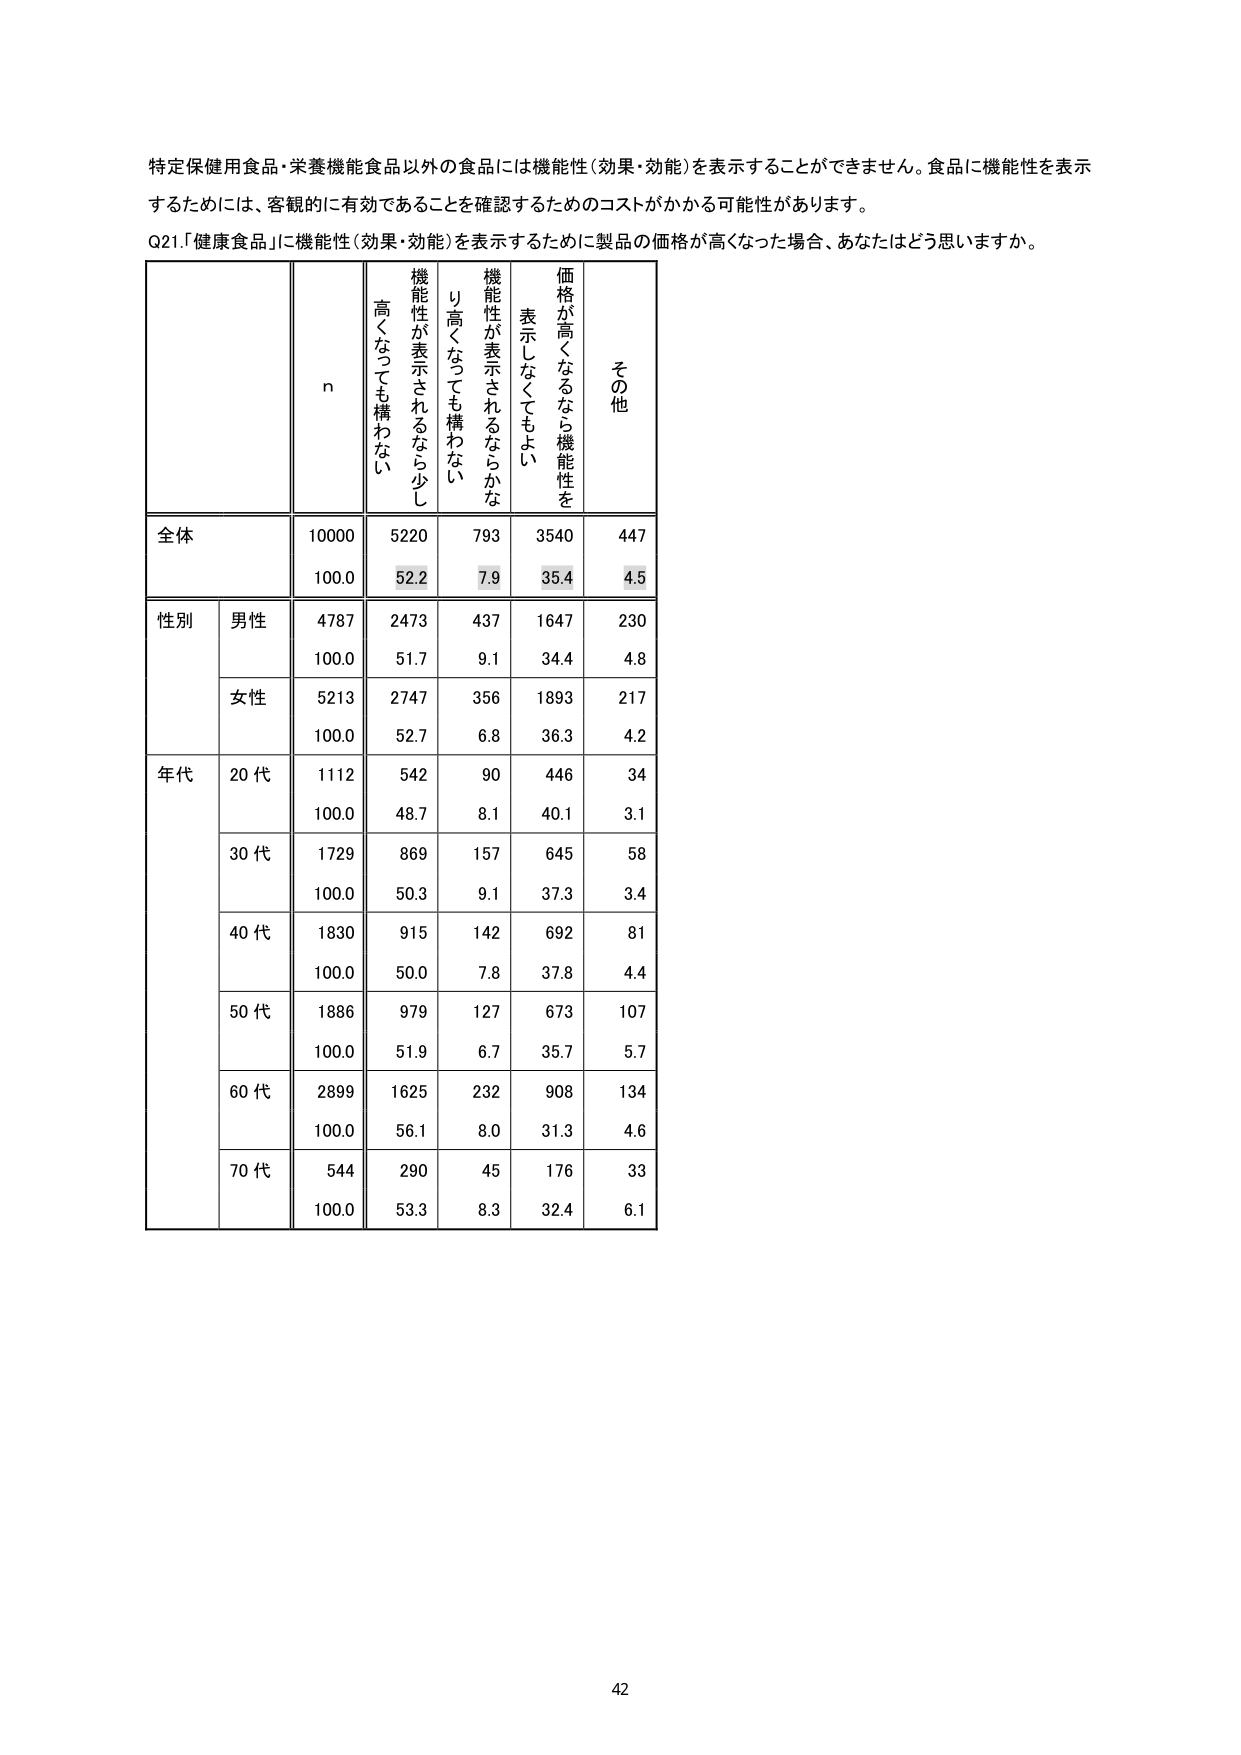
特定保健用食品・栄養機能食品以外の食品には機能性（効果・効能）を表示することができません。食品に機能性を表示するためには、客観的に有効であることを確認するためのコストがかかる可能性があります。

Q21.「健康食品」に機能性（効果・効能）を表示するために製品の価格が高くなった場合、あなたはどう思いますか。

n
機能性が表示されるなら少し高くなっても構わない
機能性が表示されるならかなり高くなっても構わない
価格が高くなるなら機能性を表示しなくてもよい
その他

全体
10000
5220
793
3540
447
100.0
52.2
7.9
35.4
4.5

性別
男性
4787
2473
437
1647
230
100.0
51.7
9.1
34.4
4.8
女性
5213
2747
356
1893
217
100.0
52.7
6.8
36.3
4.2

年代
20代
1112
542
90
446
34
100.0
48.7
8.1
40.1
3.1
30代
1729
869
157
645
58
100.0
50.3
9.1
37.3
3.4
40代
1830
915
142
692
81
100.0
50.0
7.8
37.8
4.4
50代
1886
979
127
673
107
100.0
51.9
6.7
35.7
5.7
60代
2899
1625
232
908
134
100.0
56.1
8.0
31.3
4.6
70代
544
290
45
176
33
100.0
53.3
8.3
32.4
6.1

42